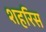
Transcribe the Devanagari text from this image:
शहरिस